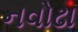
નવોઢા